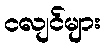
ငလျင်များ